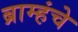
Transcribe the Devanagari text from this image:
ब्राम्हंचे